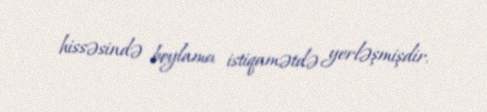
hissəsində boylama istiqamətdə yerləşmişdir.